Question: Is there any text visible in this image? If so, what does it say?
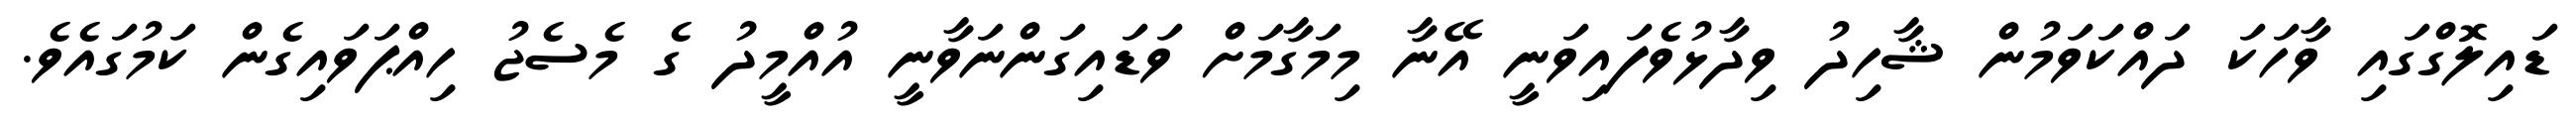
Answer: ޑައިލޮގްގައި ވާހަކަ ދައްކަވަމުން ޝާހިދު ވިދާޅުވެފައިވަނީ އޭނާ މިމަގާމަށް ވަޑައިގަންނަވާނީ އުއްމީދު ގެ މެސެޖު ހިއްޕަވައިގެން ކަމުގައެވެ.